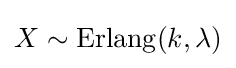
X\sim \operatorname {Erlang} (k,\lambda )